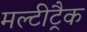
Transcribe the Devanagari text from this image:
मल्टीट्रैक